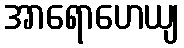
အာရောဟေယျ